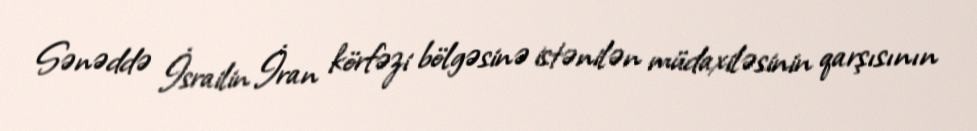
Sənəddə İsrailin İran körfəzi bölgəsinə istənilən müdaxiləsinin qarşısının